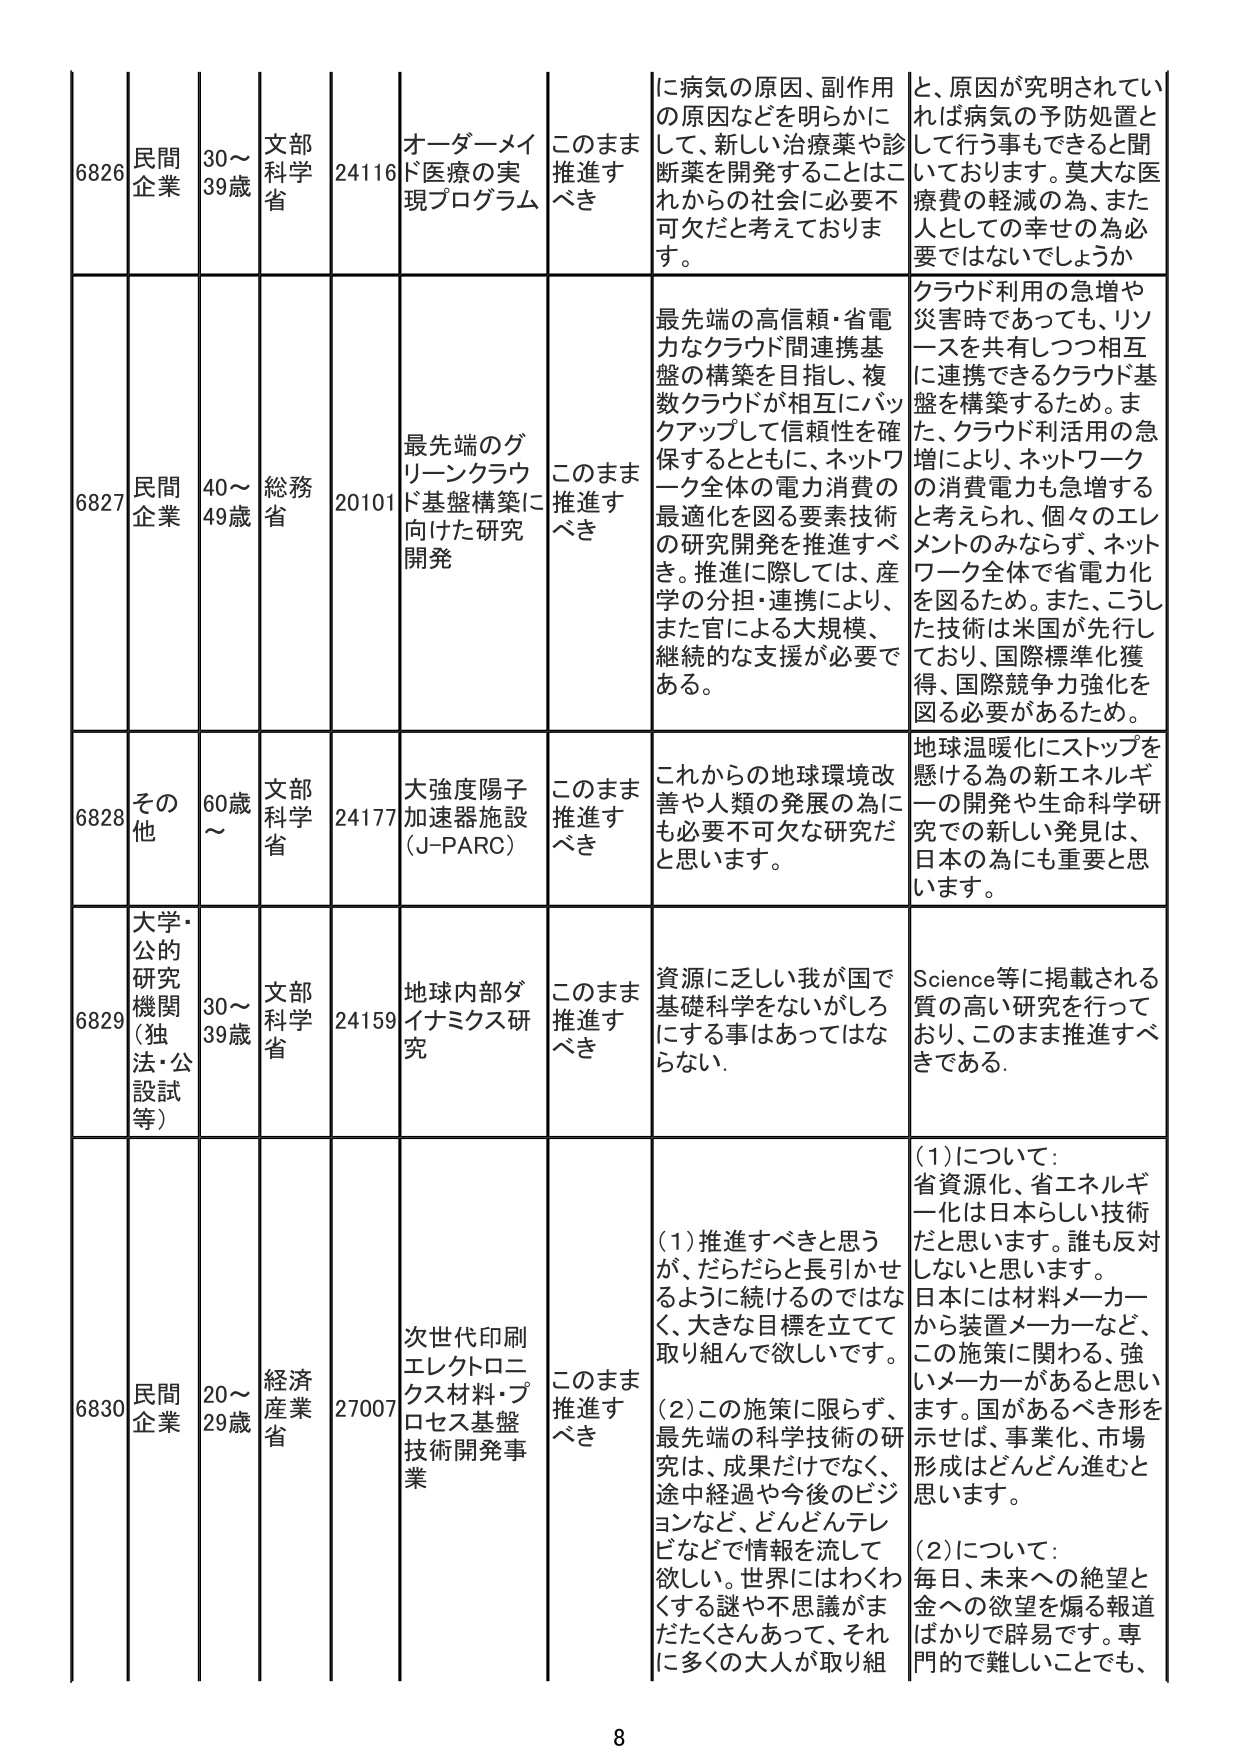
6826 民間企業 30～39歳 文部科学省 24116 オーダーメイド医療の実現プログラム このまま推進すべき に病気の原因、副作用の原因などを明らかにして、新しい治療薬や診断薬を開発することはこれからの社会に必要不可欠だと考えております。 と、原因が究明されていれば病気の予防処置として行う事もできると聞いております。莫大な医療費の軽減の為、また人としての幸せの為必要ではないでしょうか

6827 民間企業 40～49歳 総務省 20101 最先端のグリーンクラウド基盤構築に向けた研究開発 このまま推進すべき 最先端の高信頼・省電力なクラウド間連携基盤の構築を目指し、複数クラウドが相互にバックアップして信頼性を確保するとともに、ネットワーク全体の電力消費の最適化を図る要素技術の研究開発を推進すべき。推進に際しては、産学の分担・連携により、また官による大規模、継続的な支援が必要である。 クラウド利用の急増や災害時であっても、リソースを共有しつつ相互に連携できるクラウド基盤を構築するため。また、クラウド利活用の急増により、ネットワークの消費電力も急増すると考えられ、個々のエレメントのみならず、ネットワーク全体で省電力を図るため。また、こうした技術は米国が先行しており、国際標準化獲得、国際競争力強化を図る必要があるため。

6828 その他 60歳～ 文部科学省 24177 大強度陽子加速器施設（J-PARC） このまま推進すべき これからの地球環境改善や人類の発展の為にも必要不可欠な研究だと思います。 地球温暖化にストップを懸ける為の新エネルギーの開発や生命科学研究での新しい発見は、日本の為にも重要と思います。

6829 大学・公的研究機関（独法・公設試等） 30～39歳 文部科学省 24159 地球内部ダイナミクス研究 このまま推進すべき 資源に乏しい我が国で基礎科学をないがしろにする事はあってはならない。 Science等に掲載される質の高い研究を行っており、このまま推進すべきである。

6830 民間企業 20～29歳 経済産業省 27007 次世代印刷エレクトロニクス材料・プロセス基盤技術開発事業 このまま推進すべき （1）推進すべきと思うが、だらだらと長引かせるように続けるのではなく、大きな目標を立てて取り組んで欲しいです。 （2）この施策に限らず、最先端の科学技術の研究は、成果だけでなく、途中経過や今後のビジョンなど、どんどんテレビなどで情報を流して欲しい。世界にはわくわくする謎や不思議がまだたくさんあって、それに多くの大人が取り組 （1）について：省資源化、省エネルギー化は日本らしい技術だと思います。誰も反対しないと思います。日本には材料メーカーから装置メーカーなど、この施策に関わる、強いメーカーがあると思います。国があるべき形を示せば、事業化、市場形成はどんどん進むと思います。 （2）について：毎日、未来への絶望と金への欲望を煽る報道ばかりで辟易です。専門的で難しいことでも、 8